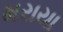
મરાયા